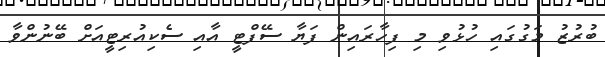
ބުރުޒު މަގުގައި ހުޅުވި މި ފިހާރައިން ފަޔާ ސޭފްޓީ އާއި ސެކިއުރިޓީއަށް ބޭނުންވާ